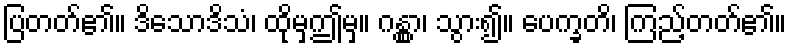
ပြတတ်၏။ ဒိသောဒိသံ၊ ထိုမှဤမှ။ ဂန္တွာ၊ သွား၍။ ပေက္ခတိ၊ ကြည့်တတ်၏။